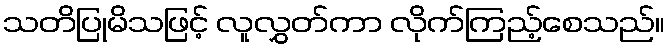
သတိပြုမိသဖြင့် လူလွှတ်ကာ လိုက်ကြည့်စေသည်။